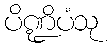
ပိဏ္ဍိပံသု